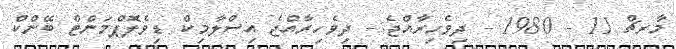
މާރޗް 11 - 1980 - ދިވެހިރާއްޖެ:- ދިވެހިރާއްޖެ އިސްލާމިކް ޑިވެލޮޕްމަންޓް ބޭންކް